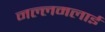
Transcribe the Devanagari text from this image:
नल्लमलाई